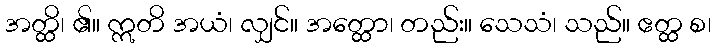
အတ္ထိ၊ ၏။ ဣတိ အယံ၊ လျှင်။ အတ္ထော၊ တည်း။ သေသံ၊ သည်။ ဧတ္ထ စ၊